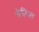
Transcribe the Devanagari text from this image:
क्रेज़िअर